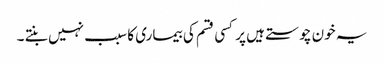
یہ خون چوستے ہیں پر کسی قسم کی بیماری کا سبب نہیں بنتے ۔